Report on vaccination proceedings throughout the Government of Bengal -
Year: 1868
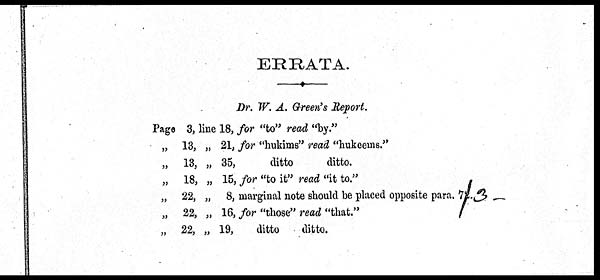
ERRATA.
Dr. W. A. Green's Report.
Page 3, line 18, for "to" read "by."
„ 13, „ 21, for "hukims" read "hukeems."
„ 13, „ 35,
ditto
ditto.
„ 18, „ 15, for "to it" read "it to."
„ 22, „ 8, marginal note should be placed opposite para. 72.3
„ 22, „ 16, for "those" read "that."
„ 22, „ 19,
ditto
ditto.